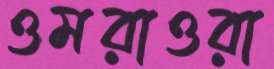
ওমরাওরা